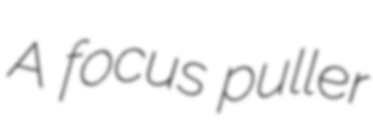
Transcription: A focus puller